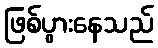
ဖြစ်ပွားနေသည်